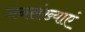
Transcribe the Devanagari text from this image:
जनसंख्याएं